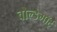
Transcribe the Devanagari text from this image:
वोल्डेमॉर्ट्